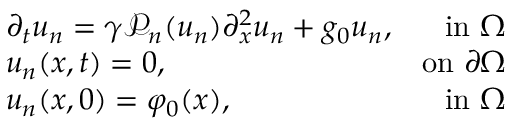
\begin{array} { r l r } & { \partial _ { t } u _ { n } = \gamma \mathcal { P } _ { n } ( u _ { n } ) \partial _ { x } ^ { 2 } u _ { n } + g _ { 0 } u _ { n } , } & { \mathrm { i n ~ } \Omega } \\ & { u _ { n } ( x , t ) = 0 , } & { \mathrm { o n ~ } \partial \Omega } \\ & { u _ { n } ( x , 0 ) = \varphi _ { 0 } ( x ) , } & { \mathrm { i n ~ } \Omega } \end{array}